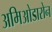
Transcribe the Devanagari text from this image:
अमिओडारोन